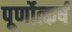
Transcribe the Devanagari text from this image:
पूर्णोत्कर्ष